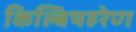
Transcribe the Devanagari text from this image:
किल्बिषहरेण